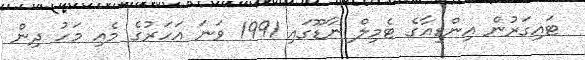
ޓައިގަރުން އިންޑިއާގެ ޓެމިލް ނާޑޫގައި 1991 ވަނަ އަހަރުގެ މެއި މަހު ދިން